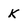
Character: K